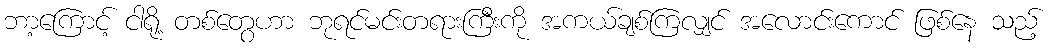
ဘာ့ကြောင့် ငါရို့ တစ်တွေဟာ ဘုရင်မင်းတရားကြီးကို အကယ်ချစ်ကြလျှင် အလောင်းကောင် ဖြစ်နေ သည့်